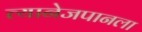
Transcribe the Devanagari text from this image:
त्यानेजपानला